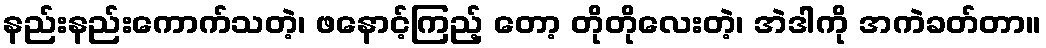
နည်းနည်းကောက်သတဲ့၊ ဖနောင့်ကြည့် တော့ တိုတိုလေးတဲ့၊ အဲဒါကို အကဲခတ်တာ။